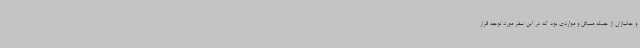
و جانبازان از جمله مسائل و مواردی بود که در این سفر مورد توجه قرار